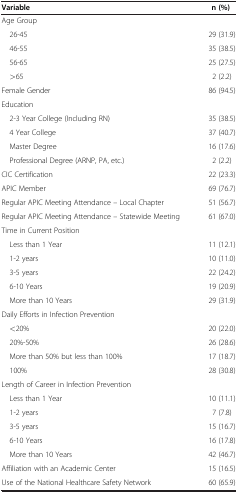
<table><thead><tr><td><b>Variable</b></td><td><b>n (%)</b></td></tr></thead><tbody><tr><td>Age Group</td><td> </td></tr><tr><td> 26-45</td><td>29 (31.9)</td></tr><tr><td> 46-55</td><td>35 (38.5)</td></tr><tr><td> 56-65</td><td>25 (27.5)</td></tr><tr><td> &gt;65</td><td>2 (2.2)</td></tr><tr><td>Female Gender</td><td>86 (94.5)</td></tr><tr><td>Education</td><td> </td></tr><tr><td> 2-3 Year College (Including RN)</td><td>35 (38.5)</td></tr><tr><td> 4 Year College</td><td>37 (40.7)</td></tr><tr><td> Master Degree</td><td>16 (17.6)</td></tr><tr><td> Professional Degree (ARNP, PA, etc.)</td><td>2 (2.2)</td></tr><tr><td>CIC Certification</td><td>22 (23.3)</td></tr><tr><td>APIC Member</td><td>69 (76.7)</td></tr><tr><td>Regular APIC Meeting Attendance – Local Chapter</td><td>51 (56.7)</td></tr><tr><td>Regular APIC Meeting Attendance – Statewide Meeting</td><td>61 (67.0)</td></tr><tr><td>Time in Current Position</td><td> </td></tr><tr><td> Less than 1 Year</td><td>11 (12.1)</td></tr><tr><td> 1-2 years</td><td>10 (11.0)</td></tr><tr><td> 3-5 years</td><td>22 (24.2)</td></tr><tr><td> 6-10 Years</td><td>19 (20.9)</td></tr><tr><td> More than 10 Years</td><td>29 (31.9)</td></tr><tr><td>Daily Efforts in Infection Prevention</td><td> </td></tr><tr><td> &lt;20%</td><td>20 (22.0)</td></tr><tr><td> 20%-50%</td><td>26 (28.6)</td></tr><tr><td> More than 50% but less than 100%</td><td>17 (18.7)</td></tr><tr><td> 100%</td><td>28 (30.8)</td></tr><tr><td>Length of Career in Infection Prevention</td><td> </td></tr><tr><td> Less than 1 Year</td><td>10 (11.1)</td></tr><tr><td> 1-2 years</td><td>7 (7.8)</td></tr><tr><td> 3-5 years</td><td>15 (16.7)</td></tr><tr><td> 6-10 Years</td><td>16 (17.8)</td></tr><tr><td> More than 10 Years</td><td>42 (46.7)</td></tr><tr><td>Affiliation with an Academic Center</td><td>15 (16.5)</td></tr><tr><td>Use of the National Healthcare Safety Network</td><td>60 (65.9)</td></tr></tbody></table>